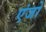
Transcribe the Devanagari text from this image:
एंजो